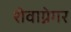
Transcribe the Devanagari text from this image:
शेवाग्नेगर